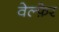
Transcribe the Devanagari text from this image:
वेल्फ़ेर